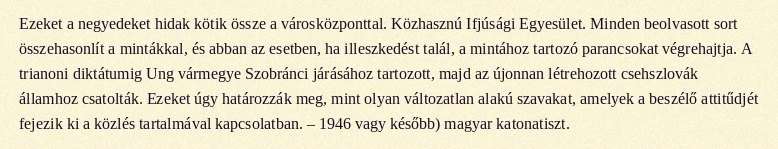
Ezeket a negyedeket hidak kötik össze a városközponttal. Közhasznú Ifjúsági Egyesület. Minden beolvasott sort összehasonlít a mintákkal, és abban az esetben, ha illeszkedést talál, a mintához tartozó parancsokat végrehajtja. A trianoni diktátumig Ung vármegye Szobránci járásához tartozott, majd az újonnan létrehozott csehszlovák államhoz csatolták. Ezeket úgy határozzák meg, mint olyan változatlan alakú szavakat, amelyek a beszélő attitűdjét fejezik ki a közlés tartalmával kapcsolatban. – 1946 vagy később) magyar katonatiszt.